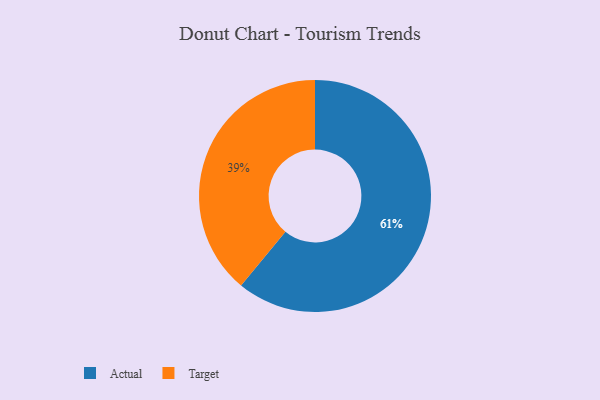
{"axis": {"x": "Category", "y": "Percentage"}, "legend": ["Actual", "Target"], "data": [{"x": "Target", "y": 39, "type": "Target"}, {"x": "Actual", "y": 61, "type": "Actual"}]}